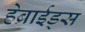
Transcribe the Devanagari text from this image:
हेब्राईड्स